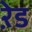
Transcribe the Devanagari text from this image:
ऱेड